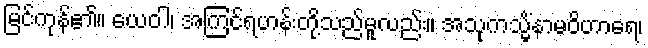
မြင်ကုန်၏။ ယေဝါ၊ အကြင်ရဟန်းတို့သည်မူလည်း။ အသုကသ္မိံနာမဝိဟာရေ၊